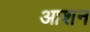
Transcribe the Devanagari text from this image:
आशन